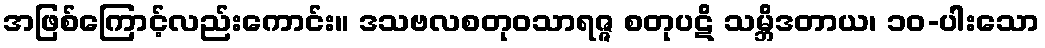
အဖြစ်ကြောင့်လည်းကောင်း။ ဒသဗလစတုဝသာရဇ္ဇ စတုပဋိ သမ္ဘိဒတာယ၊ ၁၀-ပါးသော